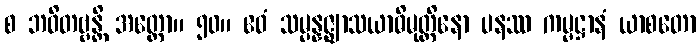
စ ဘဝိတဗ္ဗန္တိ အတ္ထော။ ၅၀။ ဧဝံ သမ္ပန္နဇ္ဈာသယာဓိမုတ္တိနော ပနဿ ကမ္မဋ္ဌာနံ ယာစတော